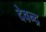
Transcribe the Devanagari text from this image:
देवन्द्र